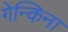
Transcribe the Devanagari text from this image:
गेन्किना